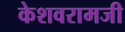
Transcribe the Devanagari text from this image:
केशवरामजी